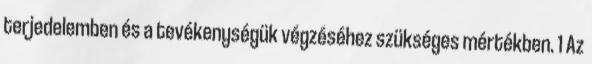
terjedelemben és a tevékenységük végzéséhez szükséges mértékben. 1 Az